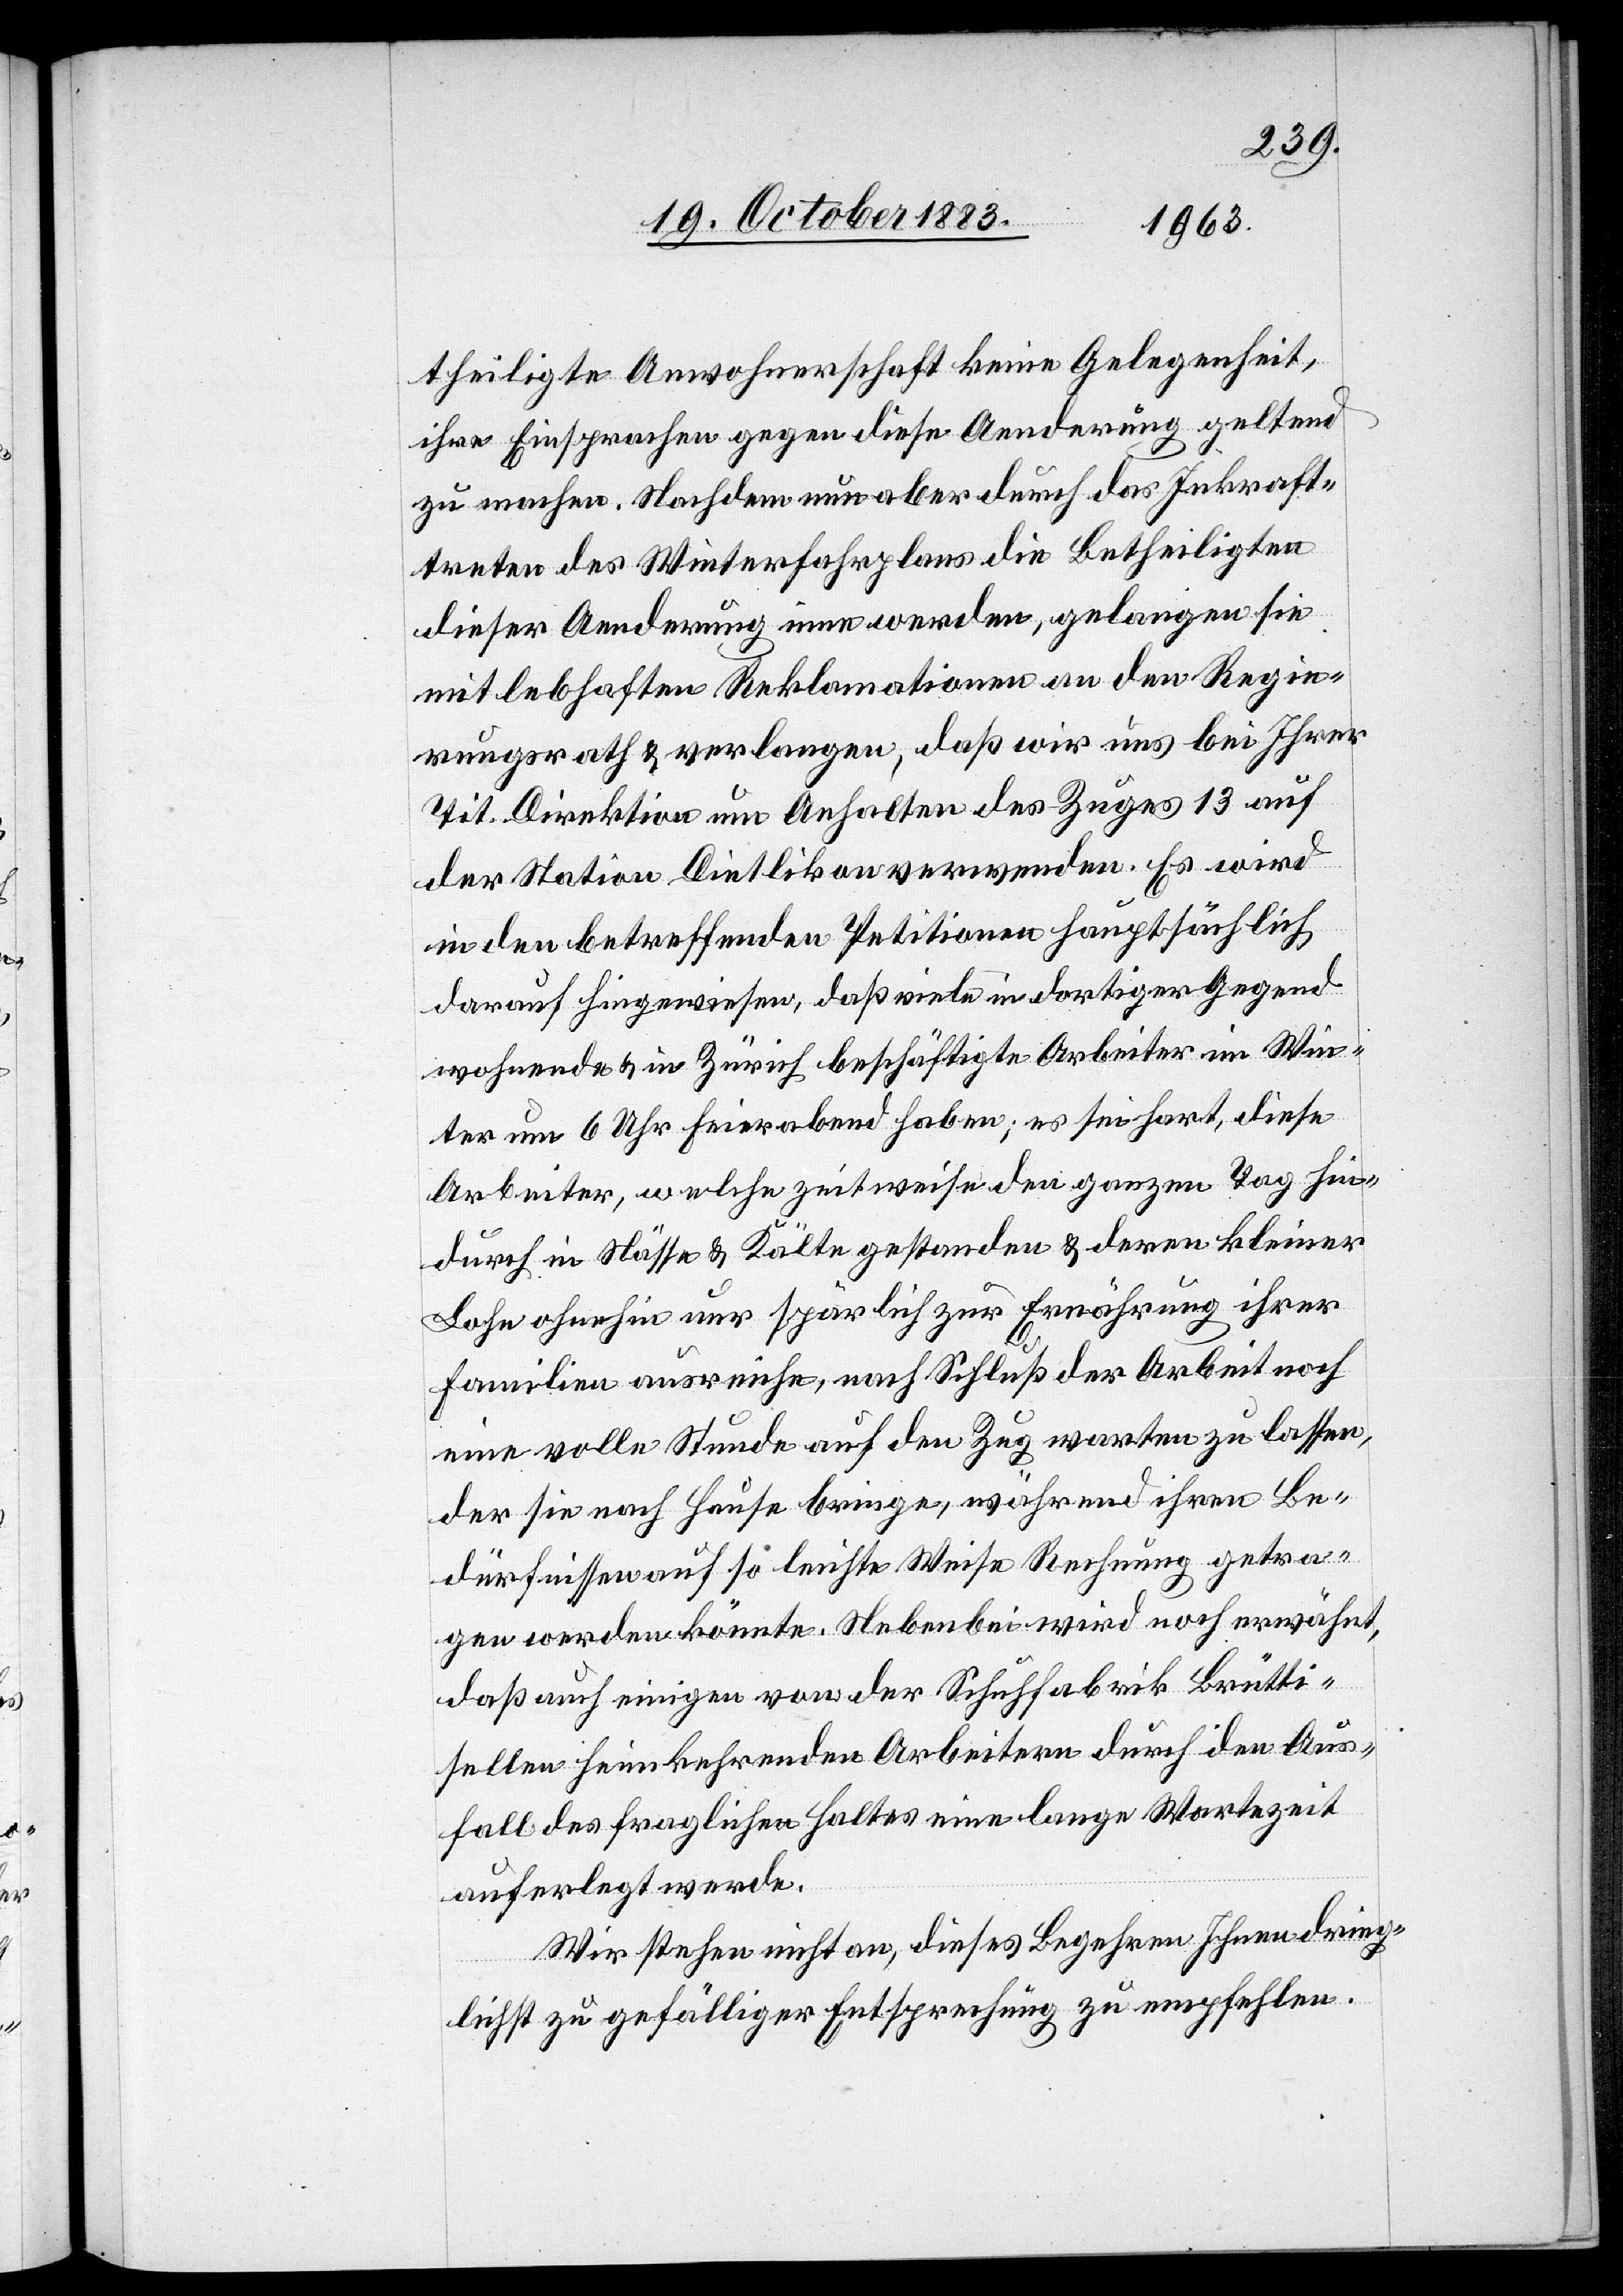
theiligte Anwohnerschaft keine Gelegenheit,
ihre Einsprachen gegen diese Aenderung geltend
zu machen. Nachdem nun aber durch das Inkraft¬
treten des Winterfahrplans die Betheiligten
dieser Aenderung inne werden, gelangen sie
mit lebhaften Reklamationen an den Regie¬
rungsrath & verlangen, daß wir uns bei Ihrer
Tit. Direktion um Anhalten des Zuges 13 auf
der Station Dietlikon verwenden. Es wird
in den betreffenden Petitionen hauptsächlich
darauf hingewiesen, daß viele in dortiger Gegend
wohnende & in Zürich beschäftigte Arbeiter im Win¬
ter um 6 Uhr Feierabend haben; es sei hart, diese
Arbeiter, welche zeitweise den ganzen Tag hin¬
durch in Nässe & Kälte gestanden & deren kleiner
Lohn ohnehin nur spärlich zur Ernährung ihrer
Familien ausreiche, nach Schluß der Arbeit noch
eine volle Stunde auf den Zug warten zu lassen,
der sie nach Hause bringe, während ihren Be¬
dürfnissen auf so leichte Weise Rechnung getra¬
gen werden könnte. Nebenbei wird noch erwähnt,
daß auch einigen von der Schuhfabrik Brütti¬
sellen heimkehrenden Arbeitern durch den Aus¬
fall des fraglichen Haltes eine lange Wartezeit
auferlegt werde.
Wir stehen nicht an, dieses Begehren Ihnen dring¬
lichst zu gefälliger Entsprechung zu empfehlen.